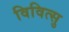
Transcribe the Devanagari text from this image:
विवित्सु